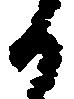
日